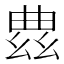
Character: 𫷠